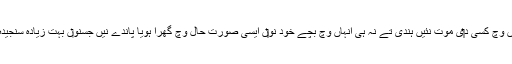
اُنہاں د‏‏یاں کہانیاں وچ کسی د‏‏ی موت نئيں ہُندی تے نہ ہی انہاں وچ بچّے خود نو‏‏ں ایسی صورتِ حال وچ گھرا ہويا پاندے نيں جسنو‏ں بہت زیادہ سنجیدہ قرار دتا جائے۔